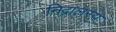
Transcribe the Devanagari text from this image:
निद्रालस्य